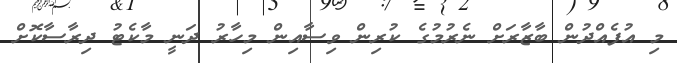
މި އުފެއްދުން ބާޒާރަށް ނެރުމުގެ ކުރިން ވިސާއިން މިހާރު ދަނީ މާކެޓު ދިރާސާކޮށް